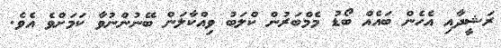
ރަޝީދާއި އެހެން ބައެއް ބޯޑު މެމްބަރުން ކްލަބު ވިއްކާލަން ބޭނުންނުވާ ކަމަށްވެ އެވެ.